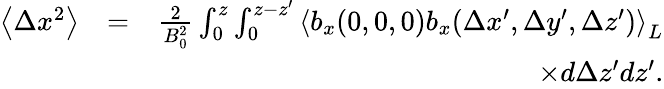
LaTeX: \begin{array}{rlr}{\left\langle\Delta x^{2}\right\rangle}&{=}&{\frac{2}{B_{0}^{2}}\int_{0}^{z}\int_{0}^{z-{z}^{\prime}}\left\langle b_{x}(0,0,0)b_{x}(\Delta x^{\prime},\Delta y^{\prime},\Delta z^{\prime})\right\rangle_{L}}\\ &{}&{\times d\Delta z^{\prime}d{z}^{\prime}.}\end{array}